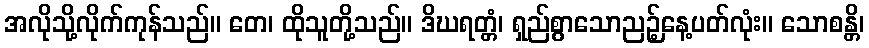
အလိုသို့လိုက်ကုန်သည်။ တေ၊ ထိုသူတို့သည်။ ဒိဃရတ္တံ၊ ရှည်စွာသောညဉ့်နေ့ပတ်လုံး။ သောစန္တိ၊